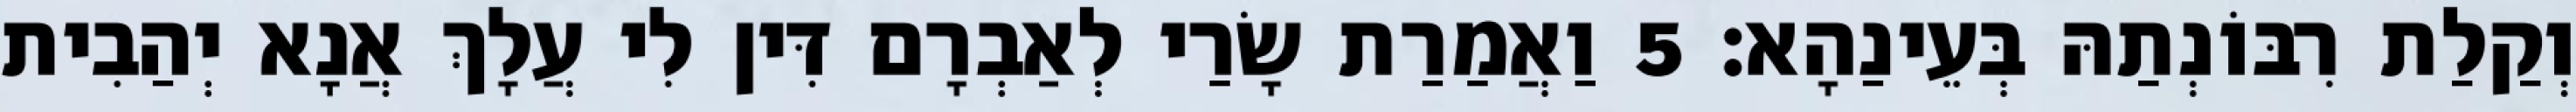
וְקַלַת רִבּוֹנְתַהּ בְּעֵינַהָא׃ 5 וַאֲמַרַת שָׂרַי לְאַבְרָם דִּין לִי עֲלָךְ אֲנָא יְהַבִית